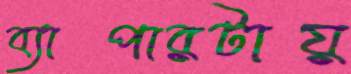
ব্যাপারটায়